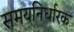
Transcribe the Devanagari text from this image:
समयनिर्धारक